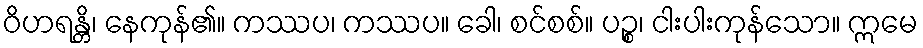
ဝိဟရန္တိ၊ နေကုန်၏။ ကဿပ၊ ကဿပ။ ခေါ၊ စင်စစ်။ ပဉ္စ၊ ငါးပါးကုန်သော။ ဣမေ